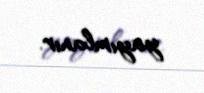
yayımlanır.